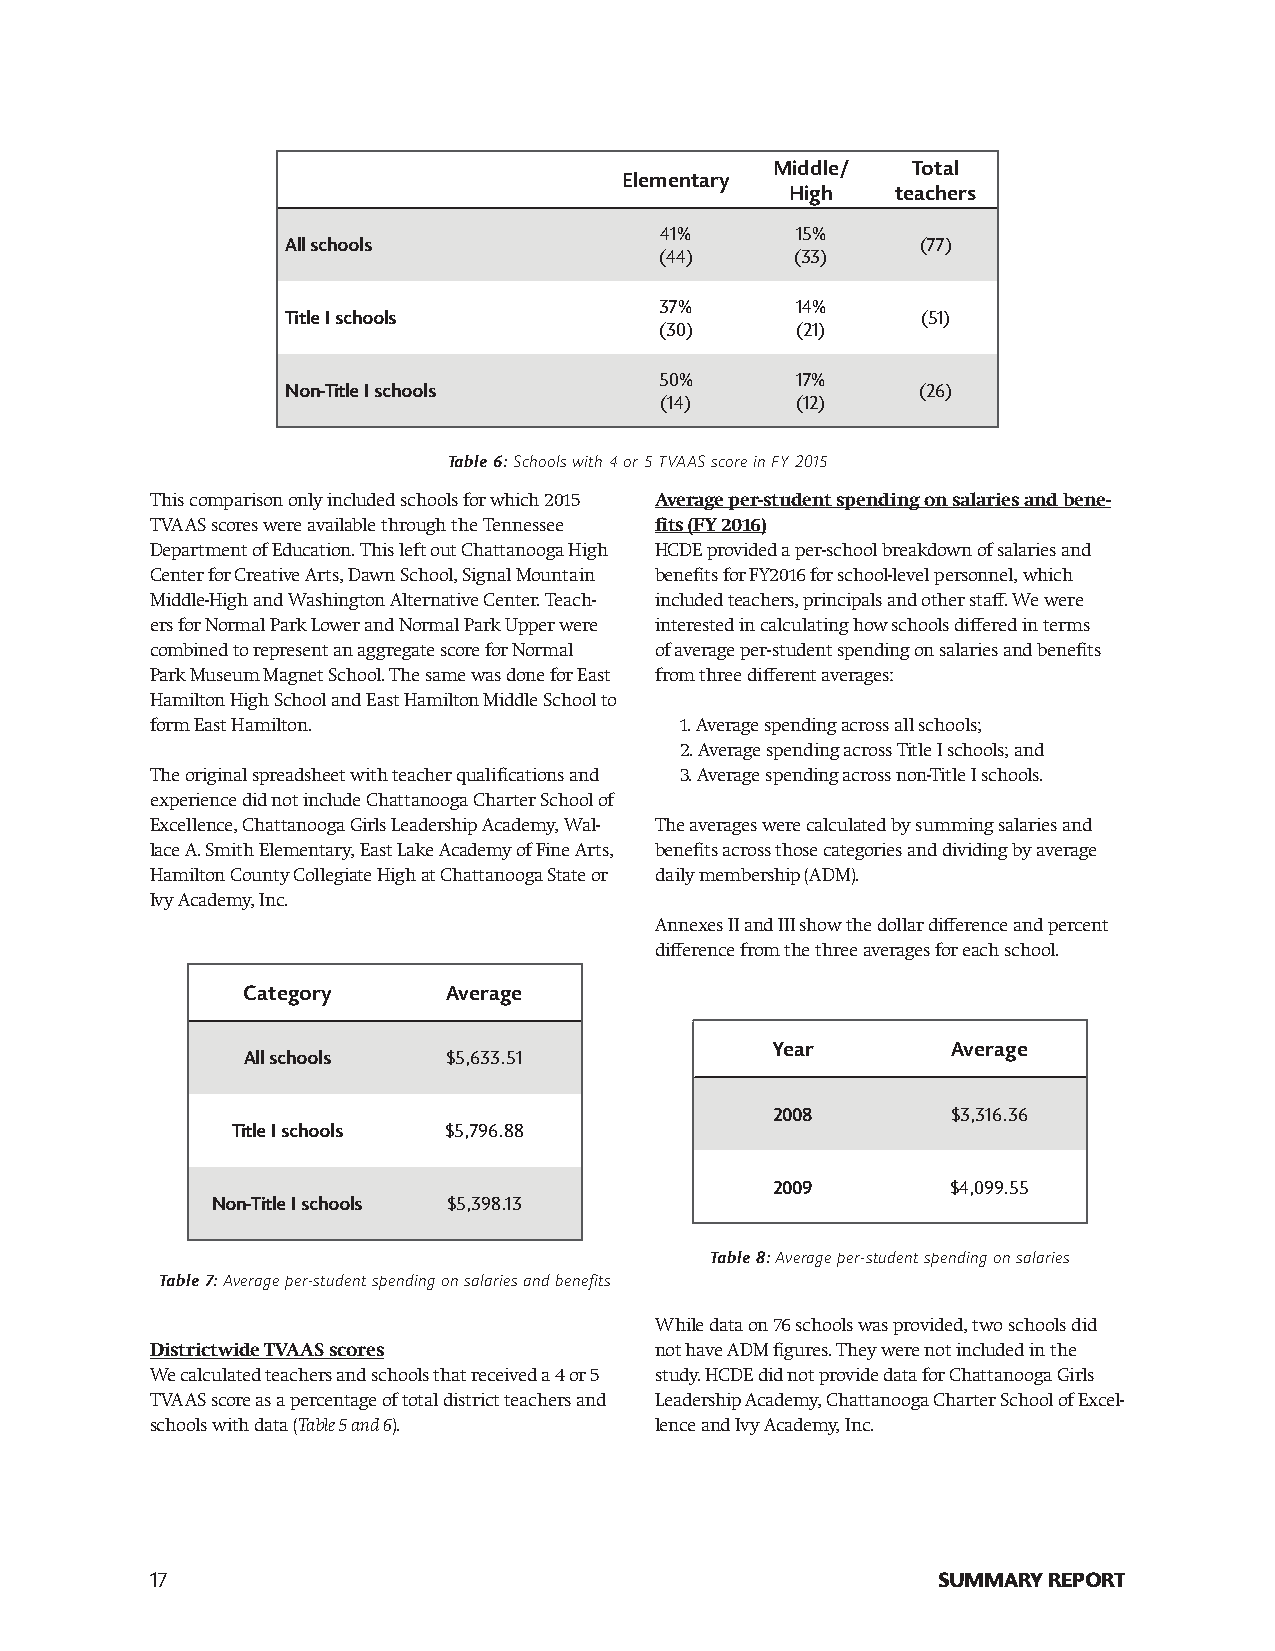
Middle/  Total
 Elementary
 High   teachers
 41%      15%
 All schools                               (77)
 (44)     (33)
 37%      14%
 Title I schools                           (51)
 (30)     (21)
 50%      17%
 Non-Title I schools                       (26)
 (14)     (12)
 Table 6: Schools with 4 or 5 TVAAS score in FY 2015
 This comparison only included schools for which 2015 Average per-student spending on salaries and bene-
 TVAAS scores were available through the Tennessee fits (FY 2016)
 Department of Education. This left out Chattanooga High HCDE provided a per-school breakdown of salaries and
 Center for Creative Arts, Dawn School, Signal Mountain benefits for FY2016 for school-level personnel, which
 Middle-High and Washington Alternative Center. Teach- included teachers, principals and other staff. We were
 ers for Normal Park Lower and Normal Park Upper were interested in calculating how schools differed in terms
 combined to represent an aggregate score for Normal of average per-student spending on salaries and benefits
 Park Museum Magnet School. The same was done for East from three different averages:
 Hamilton High School and East Hamilton Middle School to
 form East Hamilton.                1. Average spending across all schools;
 2. Average spending across Title I schools; and
 The original spreadsheet with teacher qualifications and 3. Average spending across non-Title I schools.
 experience did not include Chattanooga Charter School of
 Excellence, Chattanooga Girls Leadership Academy, Wal- The averages were calculated by summing salaries and
 lace A. Smith Elementary, East Lake Academy of Fine Arts, benefits across those categories and dividing by average
 Hamilton County Collegiate High at Chattanooga State or daily membership (ADM).
 Ivy Academy, Inc.
 Annexes II and III show the dollar difference and percent
 difference from the three averages for each school.
 Category      Average
 Year        Average
 All schools   $5,633.51
 2008        $3,316.36
 Title I schools $5,796.88
 2009        $4,099.55
 Non-Title I schools $5,398.13
 Table 8: Average per-student spending on salaries
 Table 7: Average per-student spending on salaries and benefits
 While data on 76 schools was provided, two schools did
 Districtwide TVAAS scores        not have ADM figures. They were not included in the
 We calculated teachers and schools that received a 4 or 5 study. HCDE did not provide data for Chattanooga Girls
 TVAAS score as a percentage of total district teachers and Leadership Academy, Chattanooga Charter School of Excel-
 schools with data (Table 5 and 6). lence and Ivy Academy, Inc.
 17                                                  SUMMARY REPORT